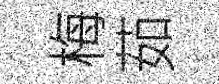
梅茹